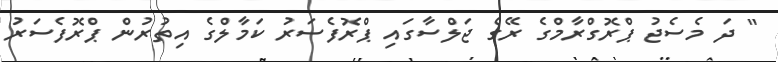
" ދަ މެސެޖު ޕްރޮގްރާމްގެ ރޭގެ ޖަލްސާގައި ޕްރޮފެސަރު ކަމާލްގެ އިތުރުން ޕްރޮފެސަރު